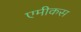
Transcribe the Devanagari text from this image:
एमीकस